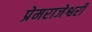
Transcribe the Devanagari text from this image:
प्रेमराजेश्वरी